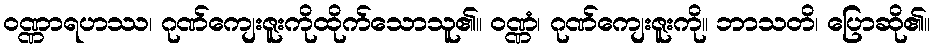
ဝဏ္ဏာရဟဿ၊ ဂုဏ်ကျေးဇူးကိုထိုက်သောသူ၏။ ဝဏ္ဏံ၊ ဂုဏ်ကျေးဇူးကို။ ဘာသတိ၊ ပြောဆို၏။